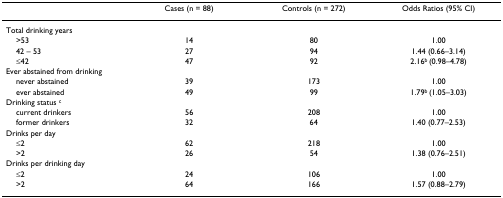
<table><thead><tr><td></td><td><b>Cases (n = 88)</b></td><td><b>Controls (n = 272)</b></td><td><b>Odds Ratios (95% CI)</b></td></tr></thead><tbody><tr><td>Total drinking years</td><td></td><td></td><td></td></tr><tr><td> &gt;53</td><td>14</td><td>80</td><td>1.00</td></tr><tr><td> 42 – 53</td><td>27</td><td>94</td><td>1.44 (0.66–3.14)</td></tr><tr><td> ≤42</td><td>47</td><td>92</td><td>2.16<sup>b </sup>(0.98–4.78)</td></tr><tr><td>Ever abstained from drinking</td><td></td><td></td><td></td></tr><tr><td> never abstained</td><td>39</td><td>173</td><td>1.00</td></tr><tr><td> ever abstained</td><td>49</td><td>99</td><td>1.79<sup>b </sup>(1.05–3.03)</td></tr><tr><td>Drinking status <sup>c</sup></td><td></td><td></td><td></td></tr><tr><td> current drinkers</td><td>56</td><td>208</td><td>1.00</td></tr><tr><td> former drinkers</td><td>32</td><td>64</td><td>1.40 (0.77–2.53)</td></tr><tr><td>Drinks per day</td><td></td><td></td><td></td></tr><tr><td> ≤2</td><td>62</td><td>218</td><td>1.00</td></tr><tr><td> &gt;2</td><td>26</td><td>54</td><td>1.38 (0.76–2.51)</td></tr><tr><td>Drinks per drinking day</td><td></td><td></td><td></td></tr><tr><td> ≤2</td><td>24</td><td>106</td><td>1.00</td></tr><tr><td> &gt;2</td><td>64</td><td>166</td><td>1.57 (0.88–2.79)</td></tr></tbody></table>